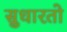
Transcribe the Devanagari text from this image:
सुधारतो